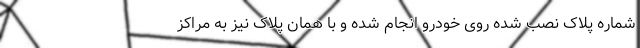
شماره پلاک نصب شده روی خودرو انجام شده و با همان پلاک نیز به مراکز